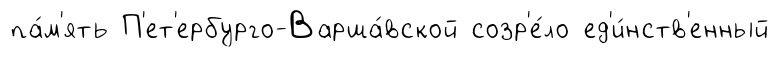
па́м'ять П'ет'ербурго-Варша́вской созр'е́ло ед'и́нств'енный